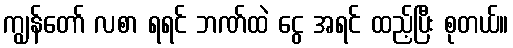
ကျွန်တော် လစာ ရရင် ဘဏ်ထဲ ငွေ အရင် ထည့်ပြီး စုတယ်။